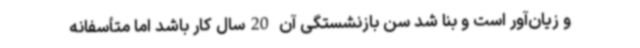
و زیان‌آور است و بنا شد سن بازنشستگی آن 20سال کار باشد اما متأسفانه